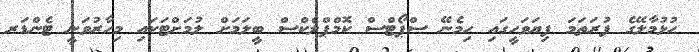
ހުޅުމާލޭގެ ފުރަތަމަ ފިޔަވަހީގައި ހިމެނޭ ސްޕޯޓްސް ކޮމްޕްލެކްސް ބީލަމަށް ލުމަށްޓަކައި މިހާރުވަނީ ޓެންޑަރ